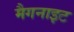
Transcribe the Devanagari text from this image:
मैगनाइट